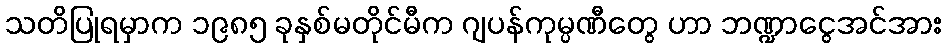
သတိပြုရမှာက ၁၉၈၅ ခုနှစ်မတိုင်မီက ဂျပန်ကုမ္ပဏီတွေ ဟာ ဘဏ္ဍာငွေအင်အား